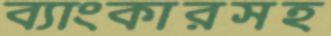
ব্যাংকারসহ